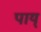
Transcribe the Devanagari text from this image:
पाय्